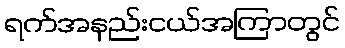
ရက်အနည်းငယ်အကြာတွင်